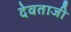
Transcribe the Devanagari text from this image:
देवताजी